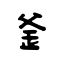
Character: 釜